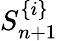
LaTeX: S_{n+1}^{\{ i\} }